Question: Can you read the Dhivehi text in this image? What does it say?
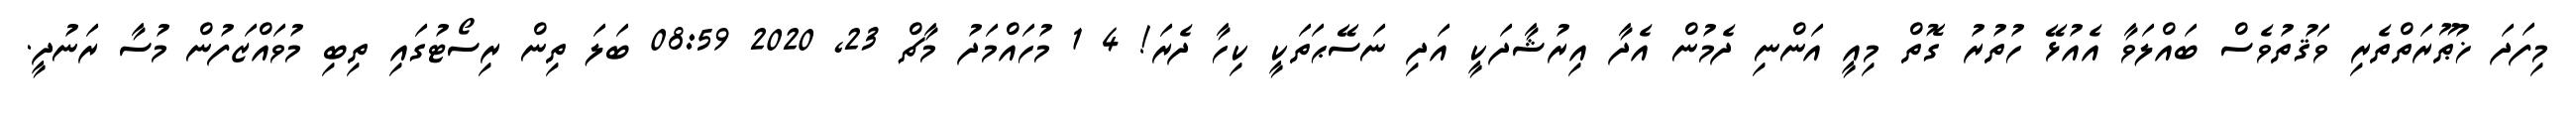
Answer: މިފަދަ ޚުޠޫރަތްތެރި ވަޤުތުވެސް ބައްލަވާ އެއުޅޭ ހުތުރު ގޮތް މިއީ އަންނި ދެމުން އެދާ އިރުޝާދަކީ އަދި ނަސޭޙަތަކީ ކިހާ ދެރަ! 4 1 މުހައްމަދު މާޗް 23, 2020 08:59 ބަލަ ތިން ރިސޯޓުގައި ތިބި މުވައްޒަފުން މުސާ ރަނުދީ.